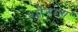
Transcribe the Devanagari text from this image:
थोराण